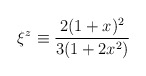
\begin{align*}\xi^z\equiv \frac{2 (1 + x)^2}{3 (1 + 2 x^2)}\end{align*}